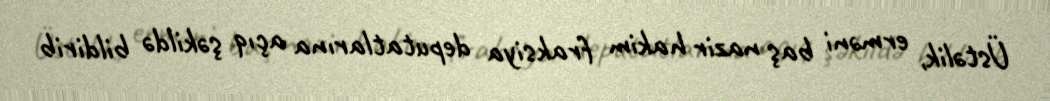
Üstəlik, erməni baş nazir hakim fraksiya deputatlarına açıq şəkildə bildirib